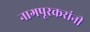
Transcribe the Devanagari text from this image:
नागपूरकरांनी